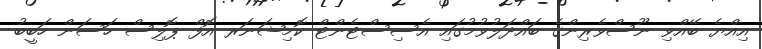
އިއްޔެ ބޭއްވި ނޫސްވެރިންގެ ބައްދަލުވުމުގައި އެސިސްޓެންޓް ކޮމިޝަނަރ އޮފް ޕޮލިސް ހަސަން ހަބީބު